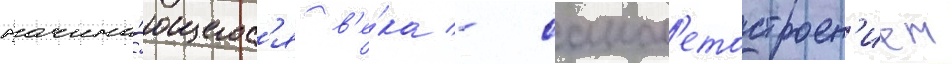
начина́ющегос'я в'е́ка - самол'етостроен'ием